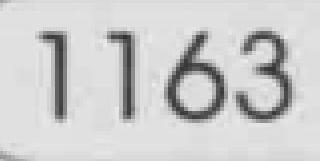
1163